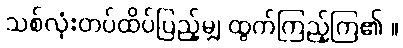
သစ်လုံးတပ်ထိပ်ပြည့်မျှ ထွက်ကြည့်ကြ၏ ။